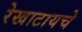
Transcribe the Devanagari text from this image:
रेखाटायचे